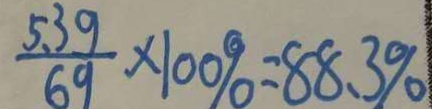
\frac { 5 . 3 9 } { 6 9 } \times 1 0 0 \% = 8 8 . 3 \%